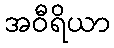
အဝီရိယာ